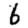
Digit: 6